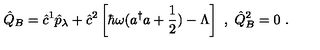
\hat { Q } _ { B } = \hat { c } ^ { 1 } \hat { p } _ { \lambda } + \hat { c } ^ { 2 } \left[ \hbar \omega ( a ^ { \dagger } a + \frac { 1 } { 2 } ) - \Lambda \right] \ , \ \hat { Q } _ { B } ^ { 2 } = 0 \ .